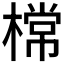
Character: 𣙟